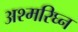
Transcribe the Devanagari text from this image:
अश्मरिघ्न